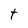
Character: t